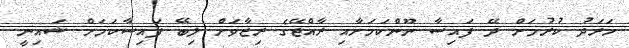
ހަރަދު ކުރުމަށް ދޭ ފައިސާ ނޫންކަމަށާއި ރާއްޖޭގެ ރިޒާވަށް ލިބޭ ފައިސާކަމަށް ޝައިނީ